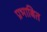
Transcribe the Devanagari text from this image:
प्रभाबित